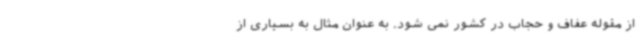
از مقوله عفاف و حجاب در کشور نمی شود. به عنوان مثال به بسیاری از